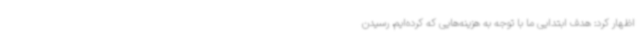
اظهار کرد: هدف ابتدایی ما با توجه به هزینه‌هایی که کرده‌ایم، رسیدن